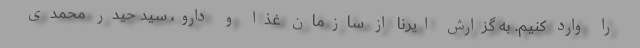
را وارد کنیم. به گزارش ایرنا از سازمان غذا و دارو، سید حیدر محمدی